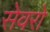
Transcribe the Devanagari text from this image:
सेवरो